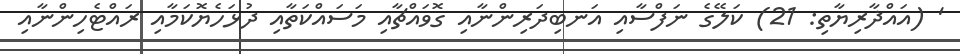
' (އައްޛާރިޔާތި: 21) ކަލޭގެ ނަފްސާއި އަނބިދަރިންނާއި ގޮވައްޗާއި މަސައްކަތާއި ދުޅަހެޔޮކަމާއި ރައްޓެހިންނާއި